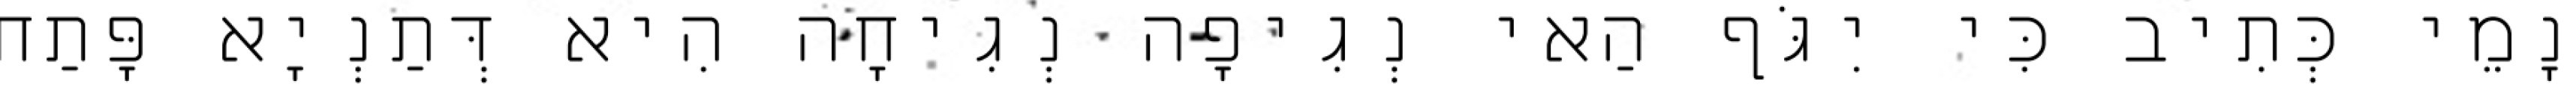
נָמֵי כְּתִיב כִּי יִגֹּף הַאי נְגִיפָה נְגִיחָה הִיא דְּתַנְיָא פָּתַח